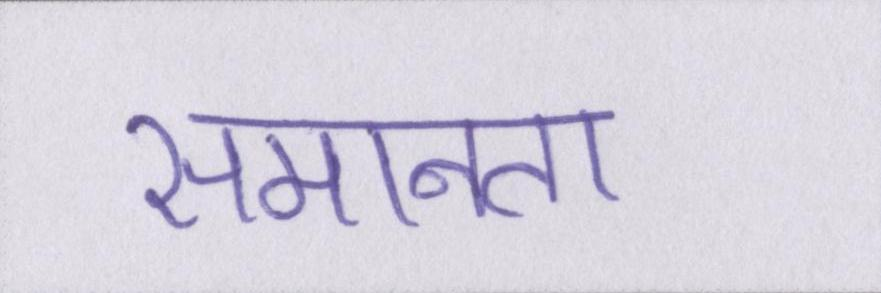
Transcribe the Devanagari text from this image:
समानता